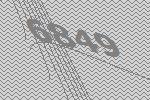
6849